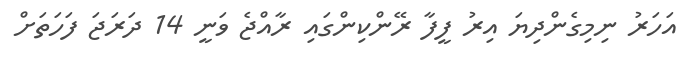
އަހަރު ނިމިގެންދިޔަ އިރު ފީފާ ރޭންކިންގައި ރާއްޖެ ވަނީ 14 ދަރަޖަ ފަހަތަށް